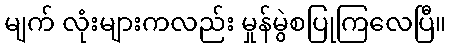
မျက် လုံးများကလည်း မှုန်မွဲစပြုကြလေပြီ။